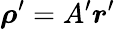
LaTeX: \boldsymbol\rho^{\prime}=A^{\prime}\boldsymbol r^{\prime}